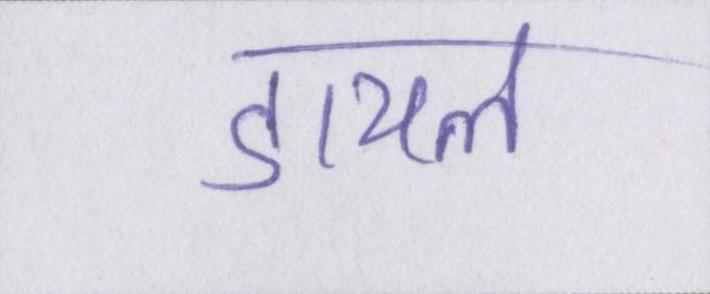
डायल